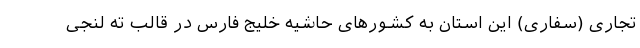
تجاری (سفاری) این استان به کشورهای حاشیه خلیج فارس در قالب ته لنجی